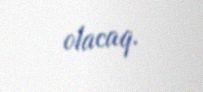
olacaq.